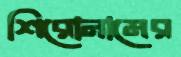
শিরোনামের